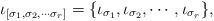
LaTeX: \begin{align*}\iota_{[\sigma_{1}, \sigma_{2}, \cdots \sigma_{r}]} = \{ \iota_{\sigma_{1}}, \iota_{\sigma_{2}}, \cdots ,\iota_{\sigma_{r}} \},\end{align*}